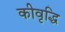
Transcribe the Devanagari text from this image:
कीवृद्धि